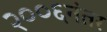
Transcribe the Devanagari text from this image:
२००६नंतर